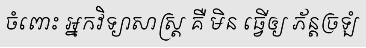
ចំពោះ អ្នកវិទ្យាសាស្ត្រ គឺ មិន ធ្វើឲ្យ ភ័ន្តច្រឡំ